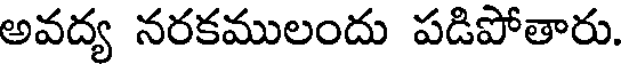
అవద్య నరకములందు పడిపోతారు.